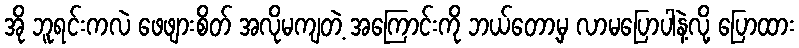
အို ဘူရင်းကလဲ ဖေဖျားစိတ် အလိုမကျတဲ့ အကြောင်းကို ဘယ်တော့မှ လာမပြောပါနဲ့လို့ ပြောထား